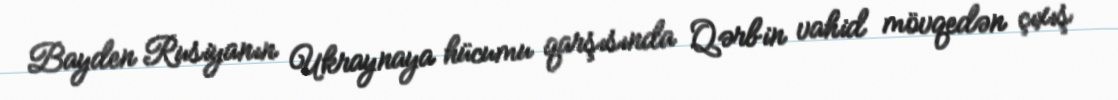
Bayden Rusiyanın Ukraynaya hücumu qarşısında Qərbin vahid mövqedən çıxış